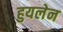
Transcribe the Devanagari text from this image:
हुयलेन